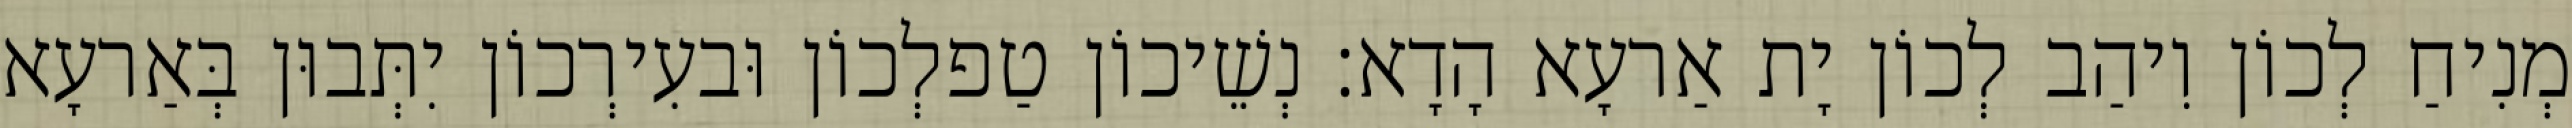
מְנִיחַ לְכוֹן וִיהַב לְכוֹן יָת אַרעָא הָדָא׃ נְשֵׁיכוֹן טַפלְכוֹן וּבעִירְכוֹן יִתְּבוּן בְּאַרעָא